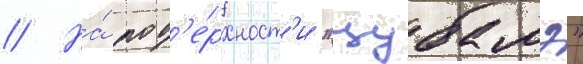
// На́ пов'е́рхност'и "цубамэ"